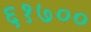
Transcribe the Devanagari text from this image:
६१७००